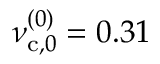
\nu _ { \mathrm { c } , 0 } ^ { ( 0 ) } = 0 . 3 1